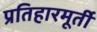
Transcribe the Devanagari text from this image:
प्रतिहारमूर्ती